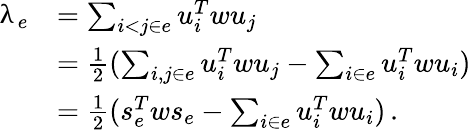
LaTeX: \begin{array}{rl}{\uplambda_{e}}&{=\sum_{i<j\in e}u_{i}^{T}wu_{j}}\\ &{=\frac{1}{2}(\sum_{i,j\in e}u_{i}^{T}wu_{j}-\sum_{i\in e}u_{i}^{T}wu_{i})}\\ &{=\frac{1}{2}(s_{e}^{T}ws_{e}-\sum_{i\in e}u_{i}^{T}wu_{i})\, .}\end{array}